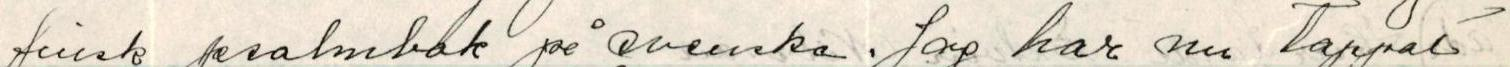
finsk psalmbok på svenska. Jag har  nu tappat